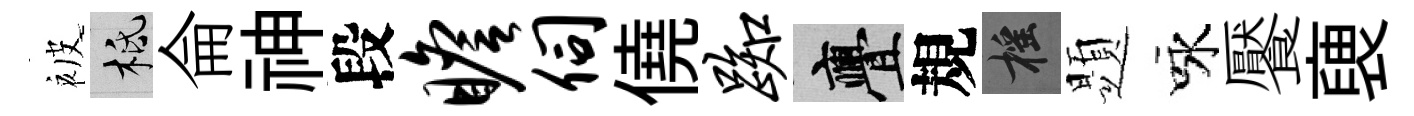
被柢侖神段瞻伺僥踟亹規摇題咏饜褏